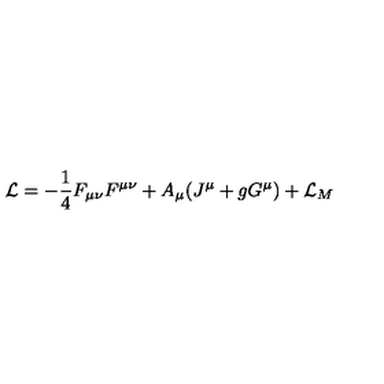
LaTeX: { \cal L } = - \frac { 1 } { 4 } F _ { \mu \nu } F ^ { \mu \nu } + A _ { \mu } ( J ^ { \mu } + g G ^ { \mu } ) + { \cal L } _ { M }